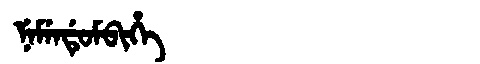
Manchu: ᠨᡝᠮᡝᠨᡩᡠᠮᠪᡳᡥᡝ
Romanization: NEMENDUMBIHE